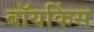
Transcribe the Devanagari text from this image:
बॉयकिंस